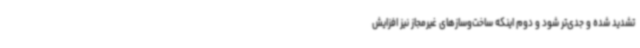
تشدید شده و جدی‌تر شود و دوم اینکه ساخت‌وسازهای غیرمجاز نیز افزایش